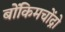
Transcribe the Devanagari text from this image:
बोंकिमचोंद्रो